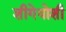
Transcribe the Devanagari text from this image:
शीगेयोशी